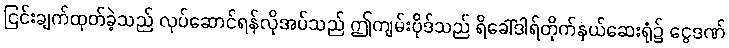
ငြင်းချက်ထုတ်ခဲ့သည် လုပ်ဆောင်ရန်လိုအပ်သည် ဤကျမ်းပိုဒ်သည် ရိခေါ်ဒါရ်တိုက်နယ်ဆေးရုံ၌ ငွေဒဏ်